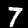
Digit: 7